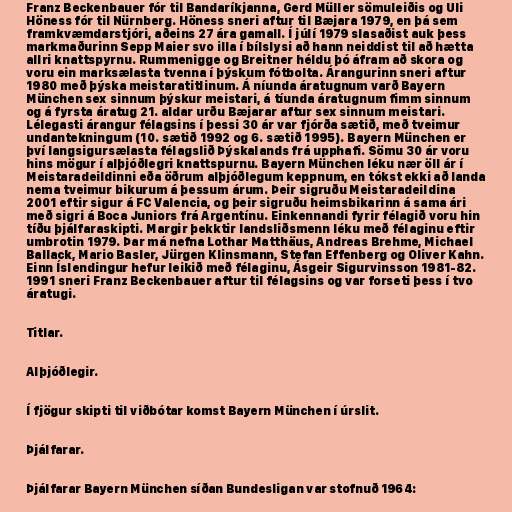
Franz Beckenbauer fór til Bandaríkjanna, Gerd Müller sömuleiðis og Uli
Höness fór til Nürnberg. Höness sneri aftur til Bæjara 1979, en þá sem
framkvæmdarstjóri, aðeins 27 ára gamall. Í júlí 1979 slasaðist auk þess
markmaðurinn Sepp Maier svo illa í bílslysi að hann neiddist til að hætta
allri knattspyrnu. Rummenigge og Breitner héldu þó áfram að skora og
voru ein marksælasta tvenna í þýskum fótbolta. Árangurinn sneri aftur
1980 með þýska meistaratitlinum. Á níunda áratugnum varð Bayern
München sex sinnum þýskur meistari, á tíunda áratugnum fimm sinnum
og á fyrsta áratug 21. aldar urðu Bæjarar aftur sex sinnum meistari.
Lélegasti árangur félagsins í þessi 30 ár var fjórða sætið, með tveimur
undantekningum (10. sætið 1992 og 6. sætið 1995). Bayern München er
því langsigursælasta félagslið Þýskalands frá upphafi. Sömu 30 ár voru
hins mögur í alþjóðlegri knattspurnu. Bayern München léku nær öll ár í
Meistaradeildinni eða öðrum alþjóðlegum keppnum, en tókst ekki að landa
nema tveimur bikurum á þessum árum. Þeir sigruðu Meistaradeildina
2001 eftir sigur á FC Valencia, og þeir sigruðu heimsbikarinn á sama ári
með sigri á Boca Juniors frá Argentínu. Einkennandi fyrir félagið voru hin
tíðu þjálfaraskipti. Margir þekktir landsliðsmenn léku með félaginu eftir
umbrotin 1979. Þar má nefna Lothar Matthäus, Andreas Brehme, Michael
Ballack, Mario Basler, Jürgen Klinsmann, Stefan Effenberg og Oliver Kahn.
Einn Íslendingur hefur leikið með félaginu, Ásgeir Sigurvinsson 1981-82.
1991 sneri Franz Beckenbauer aftur til félagsins og var forseti þess í tvo
áratugi.

Titlar.

Alþjóðlegir.

Í fjögur skipti til viðbótar komst Bayern München í úrslit.

Þjálfarar.

Þjálfarar Bayern München síðan Bundesligan var stofnuð 1964: